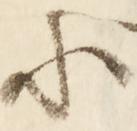
に